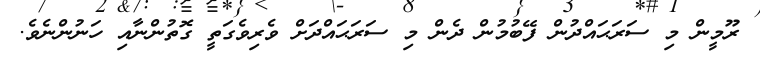
ރޫމީން މި ސަރަޙައްދުން ފޭބުމުން ދެން މި ސަރަޙައްދަށް ވެރިވެގަތީ ގޮތުންނާއި ހަނުންނެވެ.